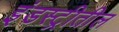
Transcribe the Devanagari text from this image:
इंडस्ट्रीतील